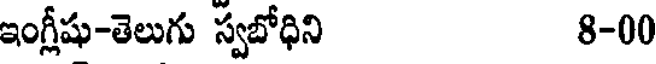
ఇంగ్లీషు-తెలుగు స్వబోధిని 8-00